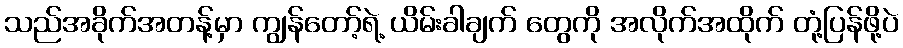
သည်အခိုက်အတန့်မှာ ကျွန်တော့်ရဲ့ ယိမ်းခါချက် တွေကို အလိုက်အထိုက် တုံ့ပြန်ဖို့ပဲ